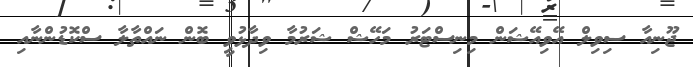
ޖޫނިއާ ސިވިލް އޭވިއޭޝަން މިނިސްޓަރު މަހޭޝް ޝަރުމާ ވިދާޅުވީ ބޮން ނައްތާލާ ސްކޮޑުންނާއި